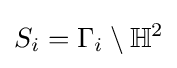
S_{i}=\Gamma _{i}\setminus \mathbb {H} ^{2}